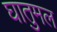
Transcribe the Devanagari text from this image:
घातुमल